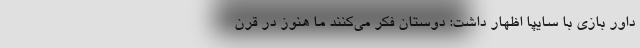
داور بازی با سایپا اظهار داشت: دوستان فکر می‌کنند ما هنوز در قرن